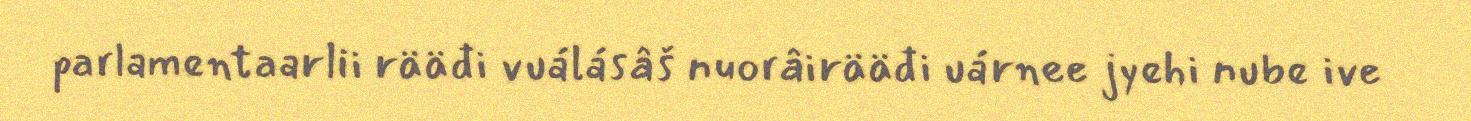
parlamentaarlii rääđi vuálásâš nuorâirääđi uárnee jyehi nube ive